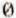
0